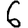
Digit: 6